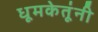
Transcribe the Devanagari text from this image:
धूमकेतूंनी